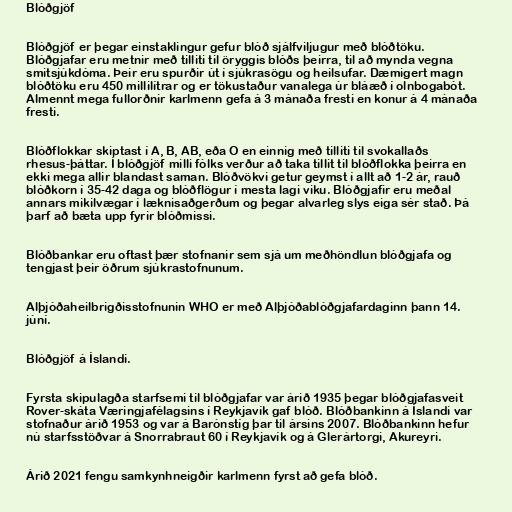
Blóðgjöf

Blóðgjöf er þegar einstaklingur gefur blóð sjálfviljugur með blóðtöku.
Blóðgjafar eru metnir með tilliti til öryggis blóðs þeirra, til að mynda vegna
smitsjúkdóma. Þeir eru spurðir út í sjúkrasögu og heilsufar. Dæmigert magn
blóðtöku eru 450 millilítrar og er tökustaður vanalega úr bláæð í olnbogabót.
Almennt mega fullorðnir karlmenn gefa á 3 mánaða fresti en konur á 4 mánaða
fresti.

Blóðflokkar skiptast í A, B, AB, eða O en einnig með tilliti til svokallaðs
rhesus-þáttar. Í blóðgjöf milli fólks verður að taka tillit til blóðflokka þeirra en
ekki mega allir blandast saman. Blóðvökvi getur geymst í allt að 1-2 ár, rauð
blóðkorn í 35-42 daga og blóðflögur í mesta lagi viku. Blóðgjafir eru meðal
annars mikilvægar í læknisaðgerðum og þegar alvarleg slys eiga sér stað. Þá
þarf að bæta upp fyrir blóðmissi.

Blóðbankar eru oftast þær stofnanir sem sjá um meðhöndlun blóðgjafa og
tengjast þeir öðrum sjúkrastofnunum.

Alþjóðaheilbrigðisstofnunin WHO er með Alþjóðablóðgjafardaginn þann 14.
júní.

Blóðgjöf á Íslandi.

Fyrsta skipulagða starfsemi til blóðgjafar var árið 1935 þegar blóðgjafasveit
Rover-skáta Væringjafélagsins í Reykjavík gaf blóð. Blóðbankinn á Íslandi var
stofnaður árið 1953 og var á Barónstíg þar til ársins 2007. Blóðbankinn hefur
nú starfsstöðvar á Snorrabraut 60 í Reykjavík og á Glerártorgi, Akureyri.

Árið 2021 fengu samkynhneigðir karlmenn fyrst að gefa blóð.